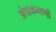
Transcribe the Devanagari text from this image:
अंधकगणों